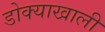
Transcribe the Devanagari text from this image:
डोक्याखाली